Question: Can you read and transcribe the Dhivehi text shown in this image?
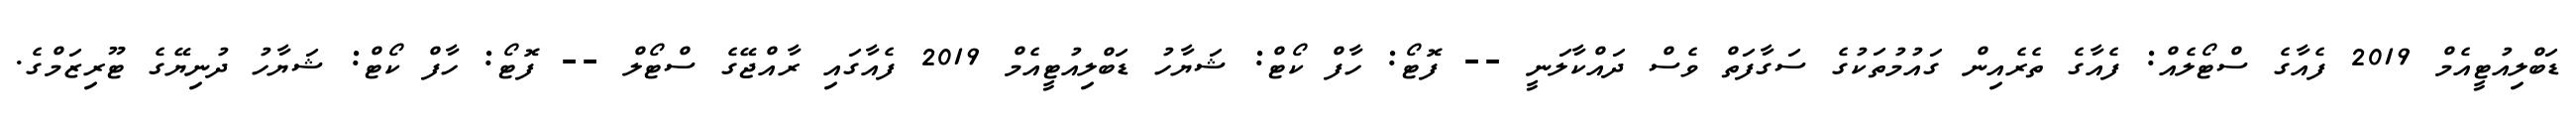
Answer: ޑަބްލިއުޓީއެމް 2019 ފެއާގެ ސްޓޯލެއް: ފެއާގެ ތެރެއިން ގައުމުތަކުގެ ސަގާފަތް ވެސް ދައްކާލަނީ -- ފޮޓޯ: ހާފް ކޯޓް: ޝަޔާހު ޑަބްލިއުޓީއެމް 2019 ފެއާގައި ރާއްޖޭގެ ސްޓޯލް -- ފޮޓޯ: ހާފް ކޯޓް: ޝަޔާހު ދުނިޔޭގެ ޓޫރިޒަމްގެ.